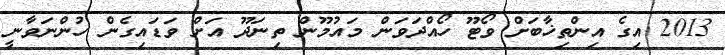
2013 އިގެ އިންތިޚާބަށް ވޯޓޫ ހޯއްދަވަން މައުމޫން ތިނަދޫ އަށް ވަޑައިގެން ހުންނަވާނީ